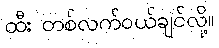
ထီး တစ်လက်ဝယ်ချင်လို့။